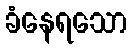
ခံနေရသော